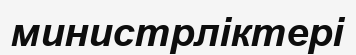
министрліктері